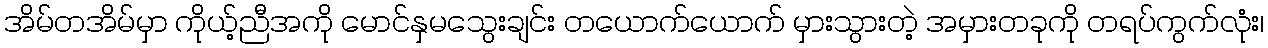
အိမ်တအိမ်မှာ ကိုယ့်ညီအကို မောင်နှမသွေးချင်း တယောက်ယောက် မှားသွားတဲ့ အမှားတခုကို တရပ်ကွက်လုံး၊